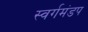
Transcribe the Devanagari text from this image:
स्वर्गमंडप